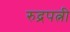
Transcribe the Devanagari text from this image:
रुद्रपत्नी